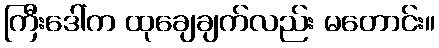
ကြီးဒေါ်က ထုချေချက်လည်း မတောင်း။